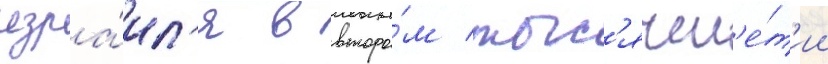
изра́ил'я в второ́м тыс'ячел'е́т'ии